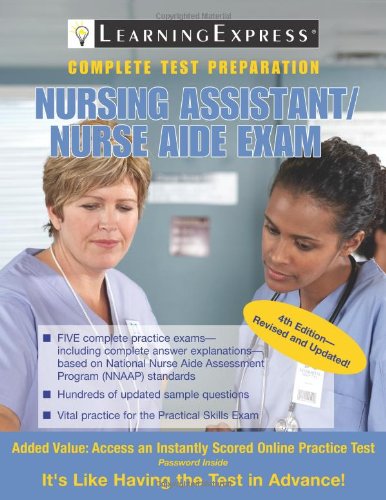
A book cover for Nursing Assistant/Nurse Aide Exam; LearningExpress LLC Editors; Medical Books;